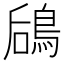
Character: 𬷎